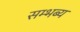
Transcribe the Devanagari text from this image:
सम्भब्य